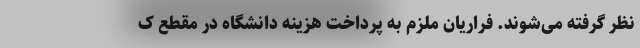
نظر گرفته می‌شوند. فراریان ملزم به پرداخت هزینه دانشگاه در مقطع ک